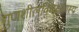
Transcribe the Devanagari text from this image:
गुणशीलविचक्षणस्य